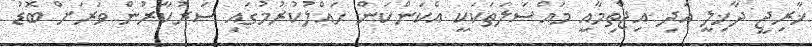
ޚާރިޖީ ދާޚިލީ އަދި އިޖްތިމާއީ މައްސަލަތަކަކީ އެކަންކަން ހައްލުކުރުމުގައި ސަރުކާރުން ވަރަށް ބޮޑު